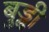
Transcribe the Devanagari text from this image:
बुड्ढी